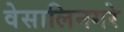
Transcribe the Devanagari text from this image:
वेसालिनगरे